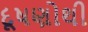
દૂષણોથી